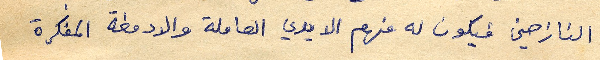
النازحين فيكون له منهم الايدي العاملة والادمغة المفكرة